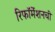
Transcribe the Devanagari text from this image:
रिफॉर्मेशनची